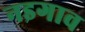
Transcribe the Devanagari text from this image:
नइगाव